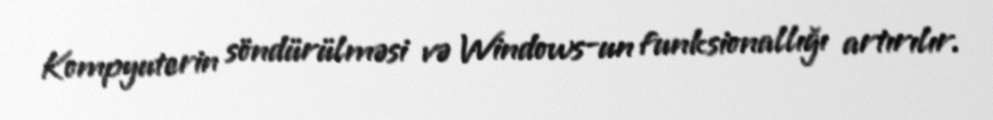
Kompyuterin söndürülməsi və Windows-un funksionallığı artırılır.